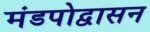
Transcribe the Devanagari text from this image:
मंडपोद्वासन